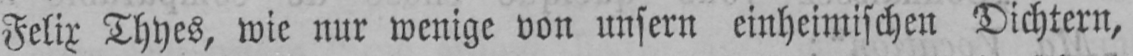
Felix Thyes, wie nur wenige von unsern einheimischen Dichtern,